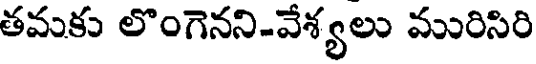
తమకు లొంగెనని-వేశ్యలు మురిసిరి